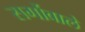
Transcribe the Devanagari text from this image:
सर्गोवाले